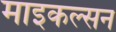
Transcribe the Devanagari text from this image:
माइकल्सन